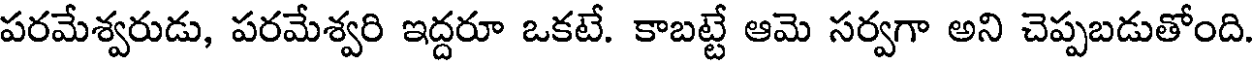
పరమేశ్వరుడు, పరమేశ్వరి ఇద్దరూ ఒకటే. కాబట్టే ఆమె సర్వగా అని చెప్పబడుతోంది